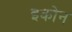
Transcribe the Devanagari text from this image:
इकोन